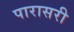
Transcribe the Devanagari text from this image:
पारासरी